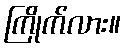
ကြိုက်လား။